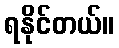
ရနိုင်တယ်။